Eesti_Ajutise_Valitsuse_Peavolinikud, lk 10
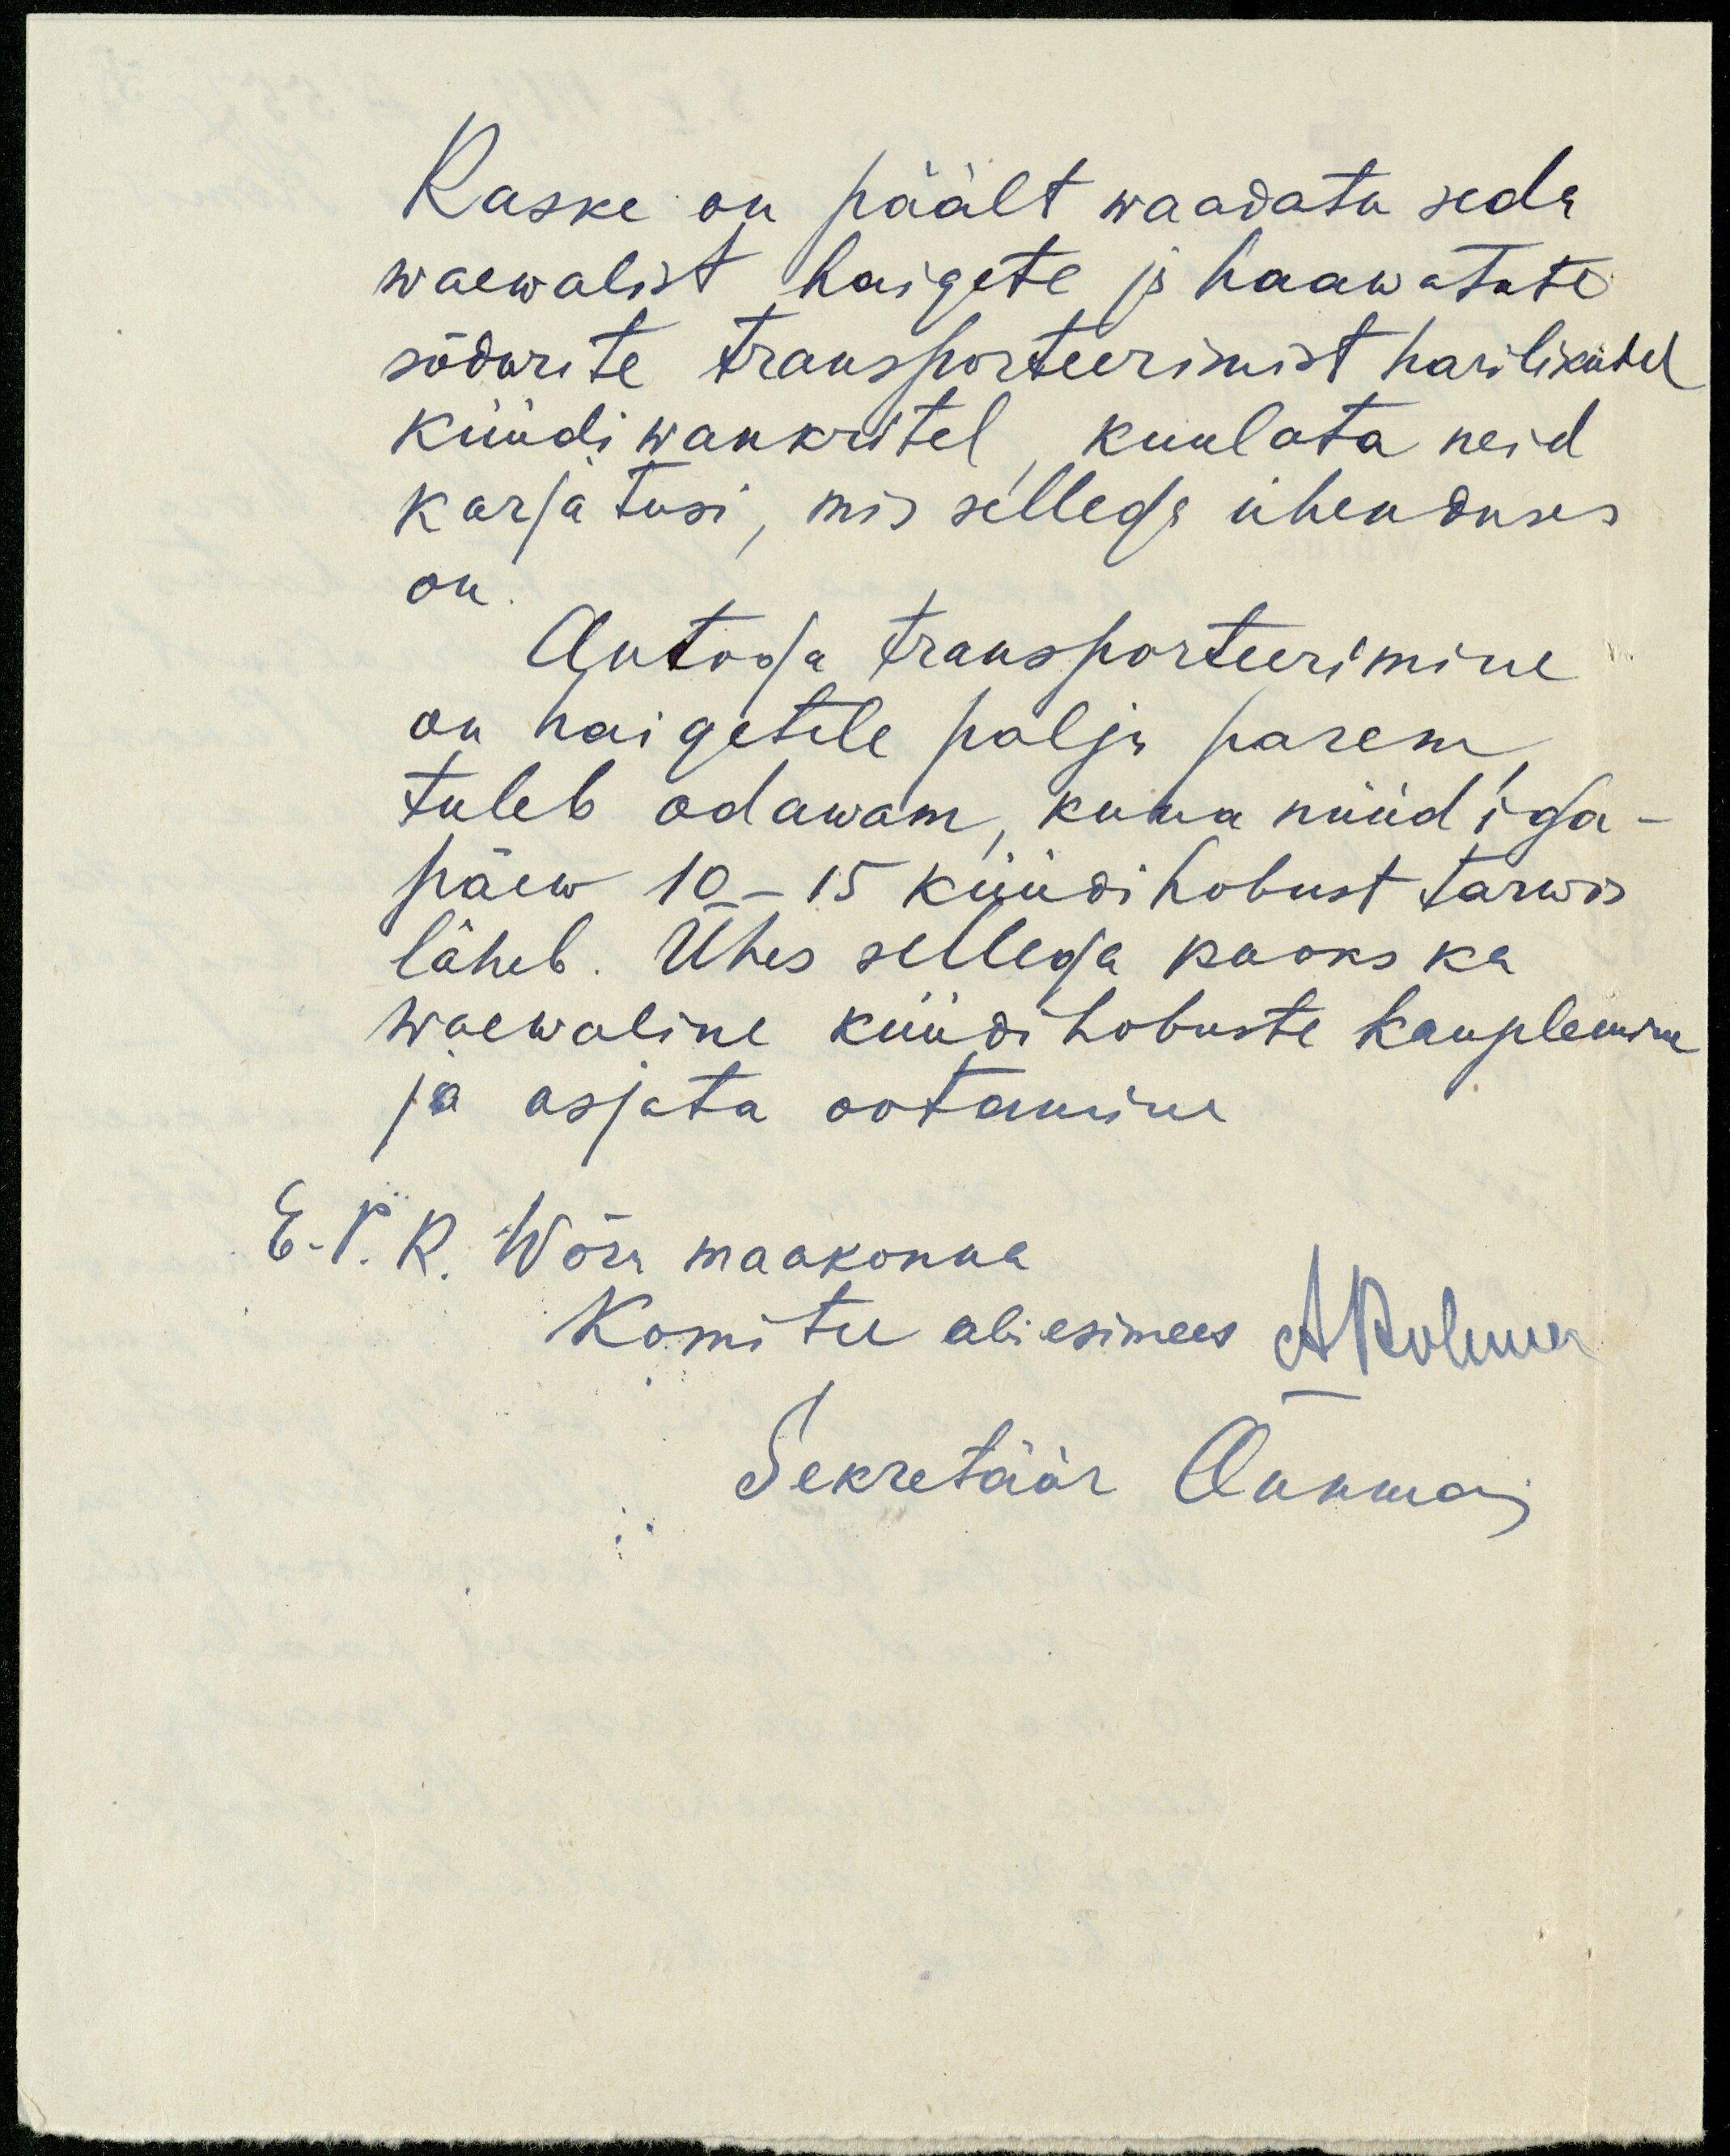
Raske on päält waadata seda
waewalist haigete ja haawatute
sõdurite transporteerimist harilikutel
küüdi wankritel kuulata neid
karjatusi, mis sellega ühenduses
on.
Autoga transporteerimine
on haigetele palju parem
tuleb odawam, kuna nüüd iga
päew 10-15 küüdihobust tarwis
läheb. Ühes sellega kaoks ka
waewaline küüdihobuste kauplemine
ja asjata ootamine
E.P.R. Wõra maakonna
Komitee abiesimees Aluluwa
Sekretäär Õunma.